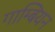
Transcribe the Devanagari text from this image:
गाम्बियन